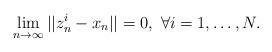
LaTeX: \begin{align*}\lim\limits_{n\to\infty}||z_n^i-x_n||=0,~\forall i=1,\ldots,N.\end{align*}